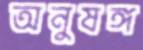
অনুষঙ্গ